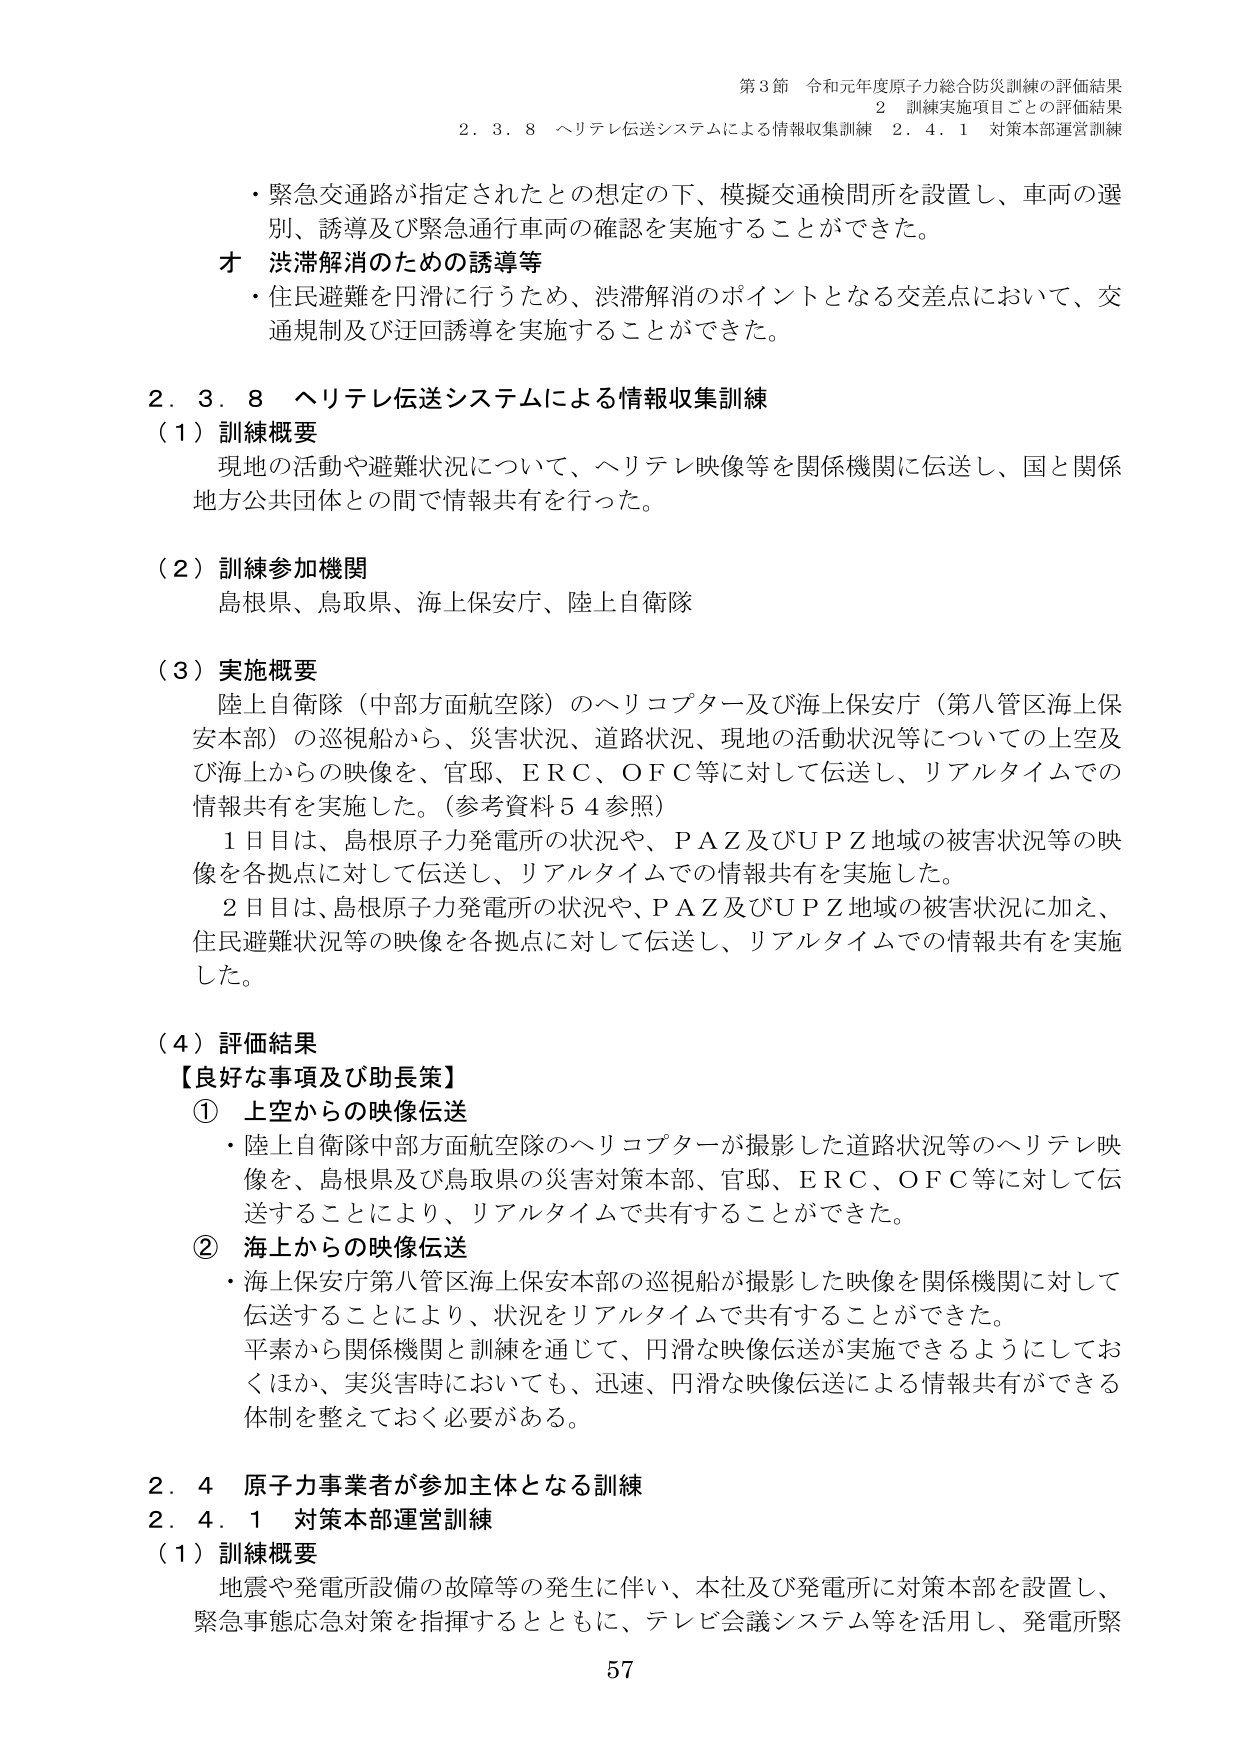
第3節 令和元年度原子力総合防災訓練の評価結果
2 訓練実施項目ごとの評価結果
2.3.8 ヘリテレ伝送システムによる情報収集訓練 2.4.1 対策本部運営訓練

・緊急交通路が指定されたとの想定の下、模擬交通検問所を設置し、車両の選別、誘導及び緊急通行車両の確認を実施することができた。

オ 渋滞解消のための誘導等
・住民避難を円滑に行うため、渋滞解消のポイントとなる交差点において、交通規制及び迂回誘導を実施することができた。

2.3.8 ヘリテレ伝送システムによる情報収集訓練
（1）訓練概要
現地の活動や避難状況について、ヘリテレ映像等を関係機関に伝送し、国と関係地方公共団体との間で情報共有を行った。

（2）訓練参加機関
島根県、鳥取県、海上保安庁、陸上自衛隊

（3）実施概要
陸上自衛隊（中部方面航空隊）のヘリコプター及び海上保安庁（第八管区海上保安本部）の巡視船から、災害状況、道路状況、現地の活動状況等についての上空及び海上からの映像を、官邸、ERC、OFC等に対して伝送し、リアルタイムでの情報共有を実施した。（参考資料54参照）
1日目は、島根原子力発電所の状況や、PAZ及びUPZ地域の被害状況等の映像を各拠点に対して伝送し、リアルタイムでの情報共有を実施した。
2日目は、島根原子力発電所の状況や、PAZ及びUPZ地域の被害状況に加え、住民避難状況等の映像を各拠点に対して伝送し、リアルタイムでの情報共有を実施した。

（4）評価結果
【良好な事項及び助長策】
① 上空からの映像伝送
・陸上自衛隊中部方面航空隊のヘリコプターが撮影した道路状況等のヘリテレ映像を、島根県及び鳥取県の災害対策本部、官邸、ERC、OFC等に対して伝送することにより、リアルタイムで共有することができた。
② 海上からの映像伝送
・海上保安庁第八管区海上保安本部の巡視船が撮影した映像を関係機関に対して伝送することにより、状況をリアルタイムで共有することができた。
平素から関係機関と訓練を通じて、円滑な映像伝送が実施できるようにしておくほか、実災害時においても、迅速、円滑な映像伝送による情報共有ができる体制を整えておく必要がある。

2.4 原子力事業者が参加主体となる訓練
2.4.1 対策本部運営訓練
（1）訓練概要
地震や発電所設備の故障等の発生に伴い、本社及び発電所に対策本部を設置し、緊急事態応急対策を指揮するとともに、テレビ会議システム等を活用し、発電所緊

57